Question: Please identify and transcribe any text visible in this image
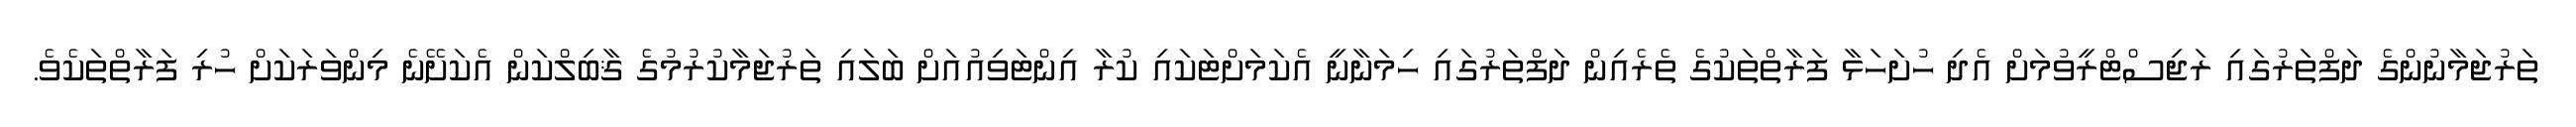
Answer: ތަރުޖަމާނުންގެ ދަފްތަރުގައި ރަޖިސްޓްރީވުމަށް އެދި ހުށަހަޅާ ފަރާތްތަކުގެ ތެރެއިން ދަފްތަރުގައި ހިމަނާނީ އެކަމަށްޓަކައި ކުރާ އިންޓަވިއުއަށް ބަލައި ތަރުޖަމާކުރުމުގެ ޤާބިލްކަން އެކަށޭނެ މިންވަރަކަށް ހުރި ފަރާތްތަކެވެ.